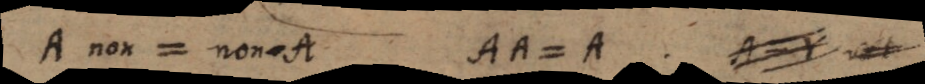
A non = non-A. AA = A. § 157) A